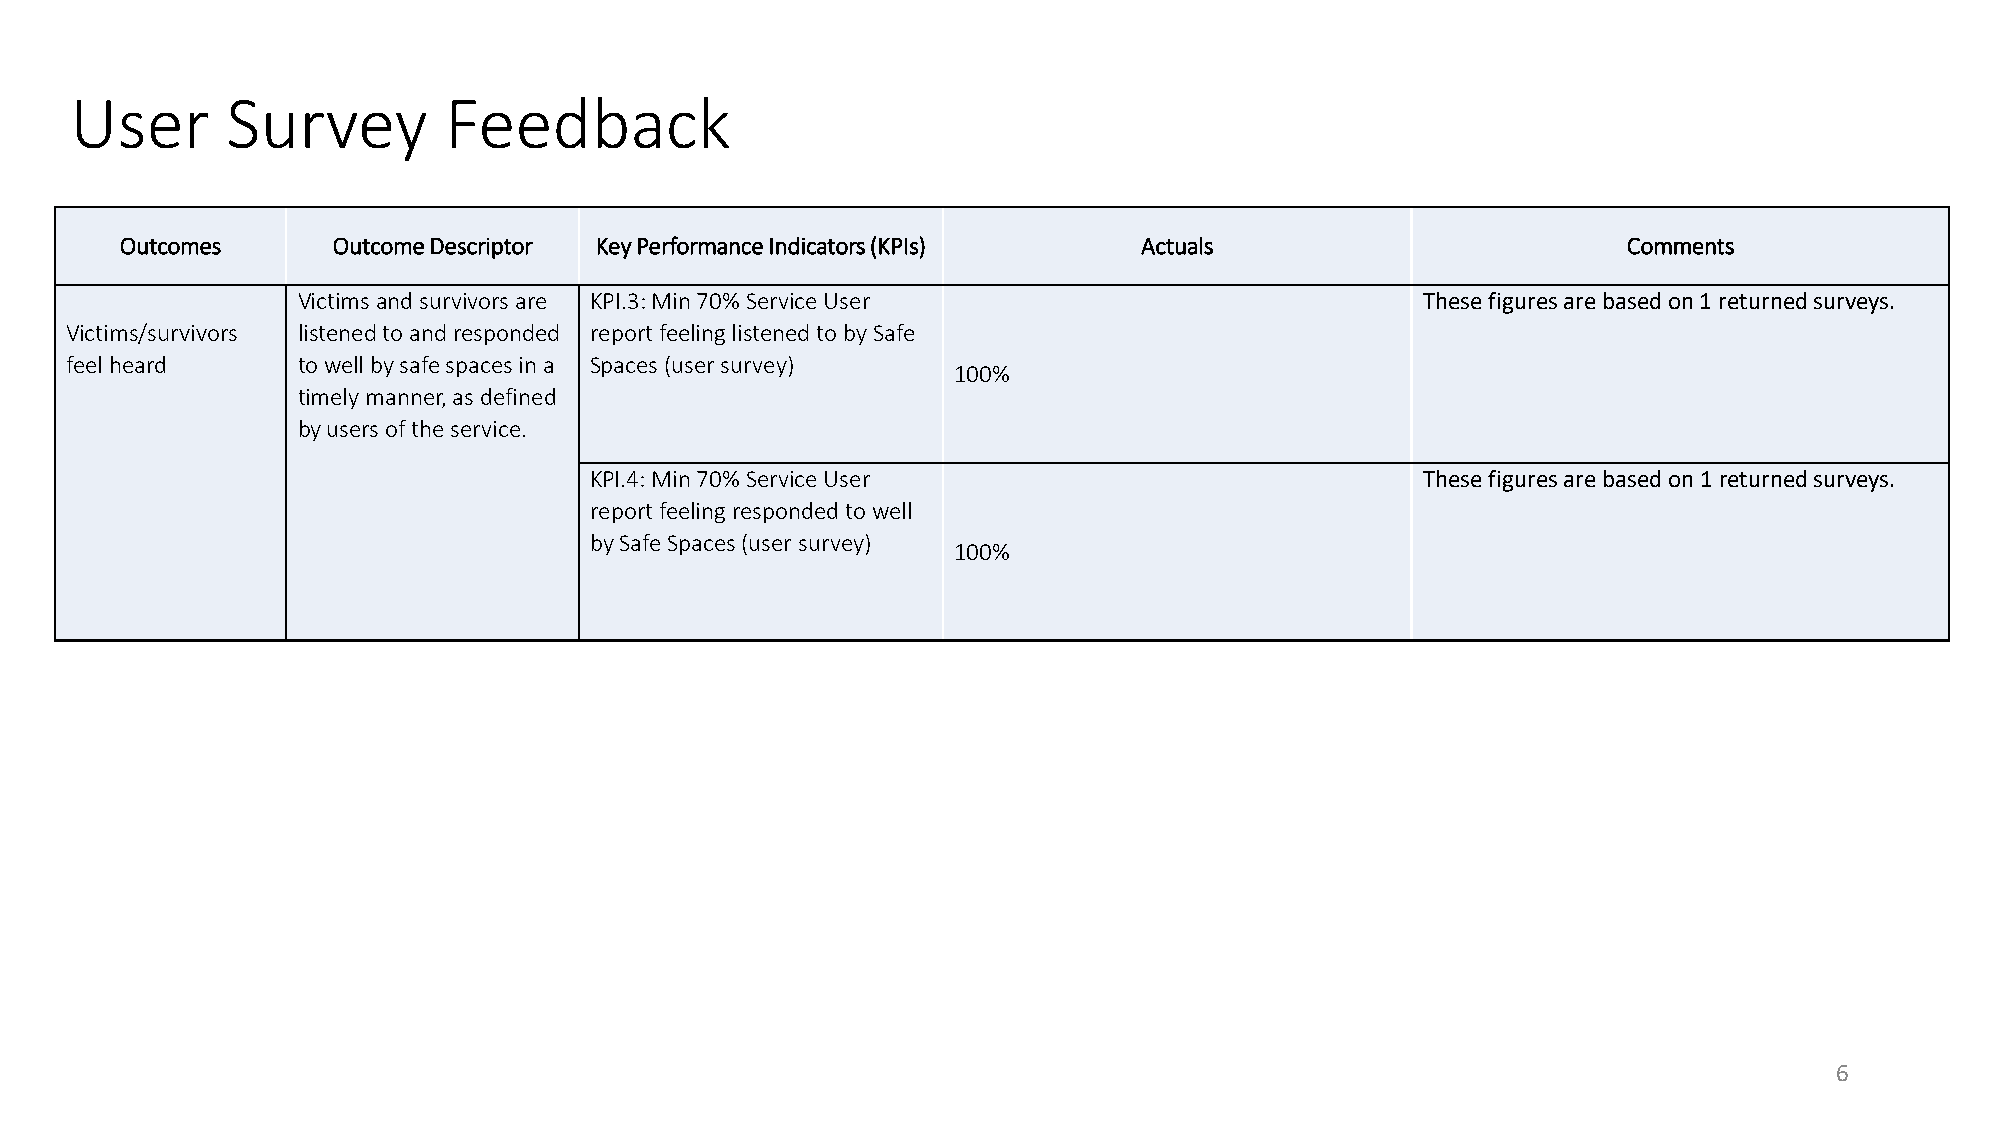
User      Survey        Feedback
 Outcomes      Outcome Descriptor Key Performance Indicators (KPIs)  Actuals                         Comments
 Victims and survivors are KPI.3: Min 70% Service User                     These figures are basedon 1 returned surveys.
 Victims/survivors listened to and responded report feeling listened to by Safe
 feel heard      to well by safe spaces in a Spaces (user survey)
 100%
 timely manner, as defined
 by users of the service.
 KPI.4: Min 70% Service User                            These figures are basedon 1returned surveys.
 report feeling responded to well
 by Safe Spaces (user survey)
 100%
 6